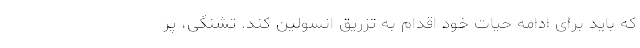
که باید برای ادامه حیات خود اقدام به تزریق انسولین کند. تشنگی، پر